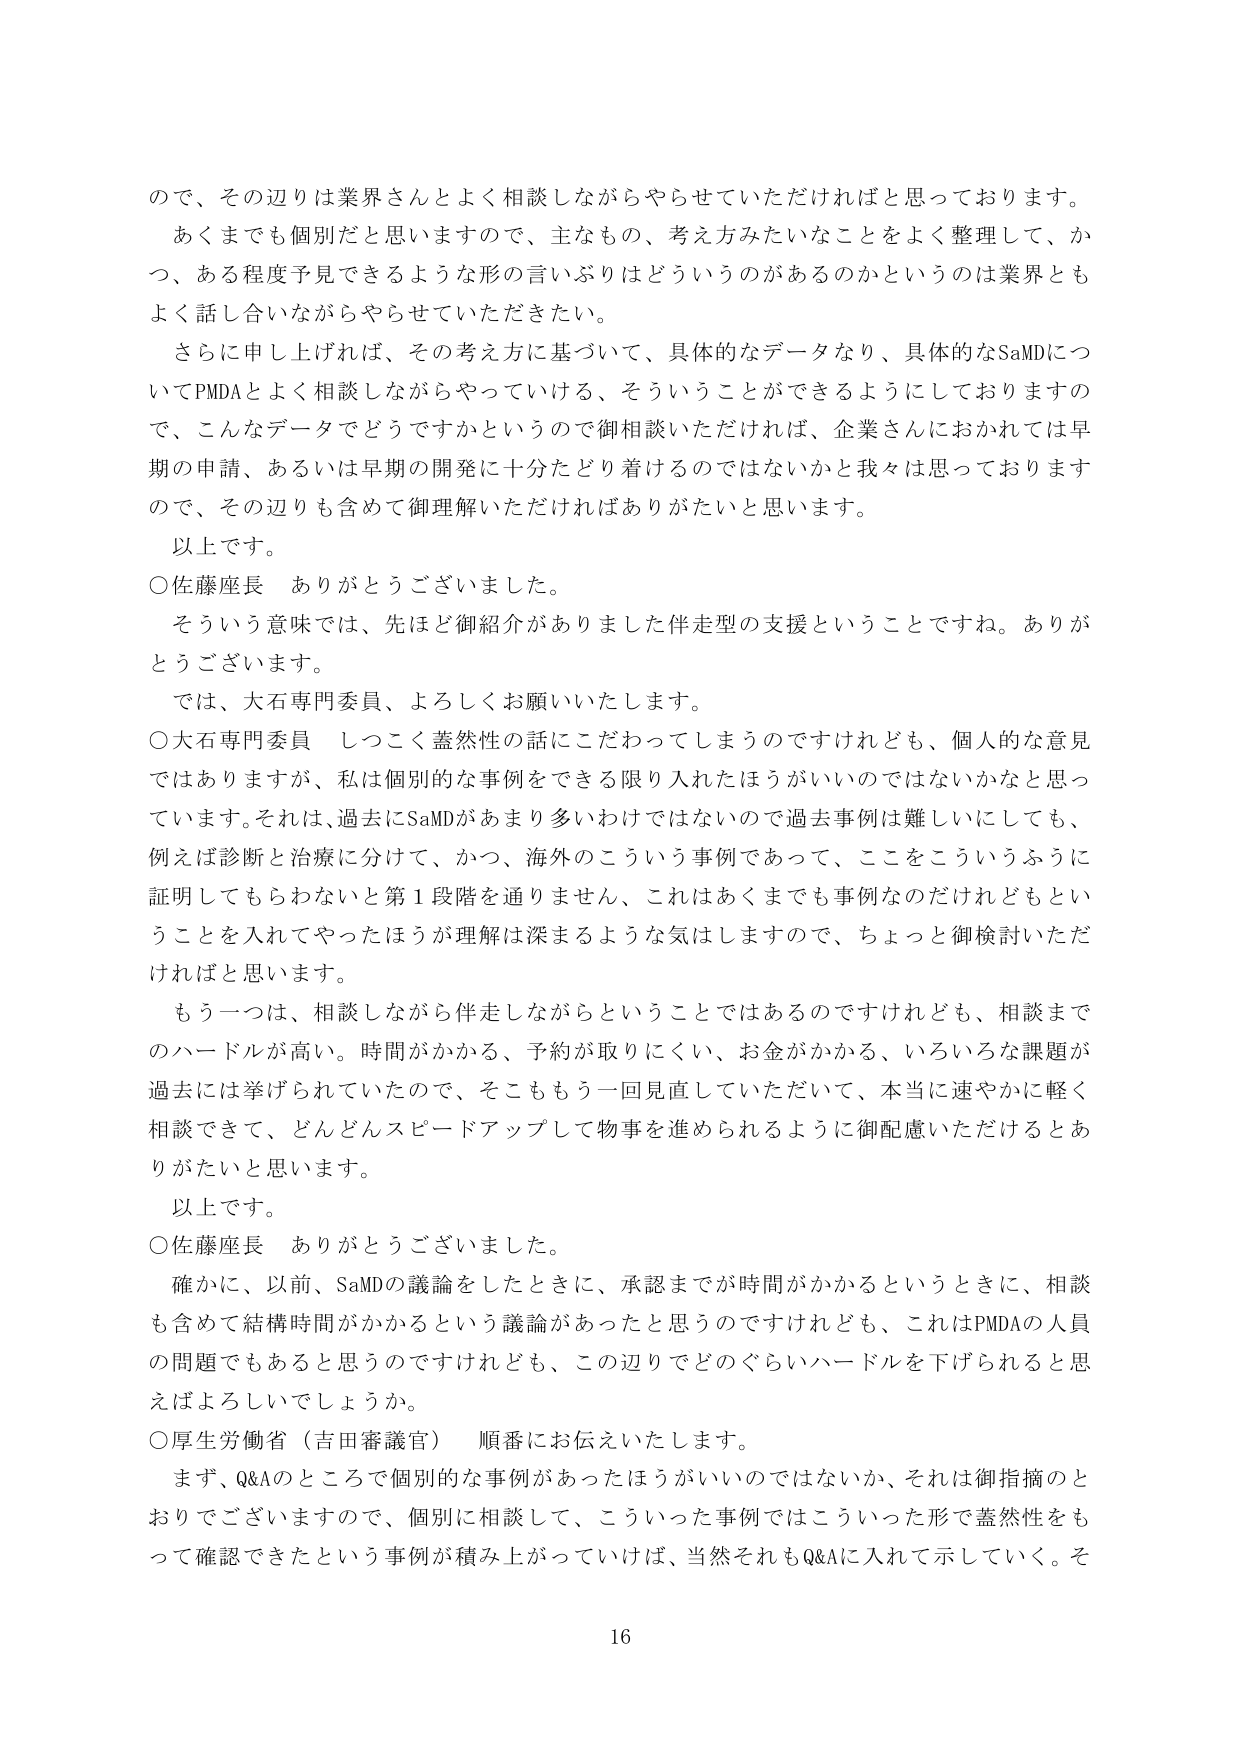
ので、その辺りは業界さんとよく相談しながらやらせていただければと思っております。
あくまでも個別だと思いますので、主なもの、考え方みたいなことをよく整理して、かつ、ある程度予見できるような形の言いぶりはどういうのがあるのかというのは業界ともよく話し合いながらやらせていただきたい。
さらに申し上げれば、その考え方に基づいて、具体的なデータなり、具体的なSaMDについてPMDAとよく相談しながらやっていける、そういうことができるようにしておりますので、こんなデータでどうですかというので御相談いただければ、企業さんにおかれては早期の申請、あるいは早期の開発に十分たどり着けるのではないかと我々は思っておりますので、その辺りも含めて御理解いただければありがたいと思います。
以上です。
○佐藤座長　ありがとうございました。
そういう意味では、先ほど御紹介がありました伴走型の支援ということですね。ありがとうございます。
では、大石専門委員、よろしくお願いいたします。
○大石専門委員　しつこく蓋然性の話にこだわってしまうのですけれども、個人的な意見ではありますが、私は個別的な事例をできる限り入れたほうがいいのではないかと思っています。それは、過去にSaMDがあまり多いわけではないので過去事例は難しいにしても、例えば診断と治療に分けて、かつ、海外のこういう事例であって、ここをこういうふうに証明してもらわないと第1段階を通りません、これはあくまでも事例なのだけれどもということを入れてやったほうが理解は深まるような気はしますので、ちょっと御検討いただければと思います。
もう一つは、相談しながら伴走しながらということではあるのですけれども、相談までのハードルが高い。時間がかかる、予約が取りにくい、お金がかかる、いろいろな課題が過去には挙げられていたので、そこももう一回見直していただいて、本当に速やかに軽く相談できて、どんどんスピードアップして物事を進められるように御配慮いただけるとありがたいと思います。
以上です。
○佐藤座長　ありがとうございました。
確かに、以前、SaMDの議論をしたときに、承認までが時間がかかるというときに、相談も含めて結構時間がかかるという議論があったと思うのですけれども、これはPMDAの人員の問題でもあると思うのですけれども、この辺りでどのぐらいハードルを下げられると思えばよろしいでしょうか。
○厚生労働省（吉田審議官）　順番にお伝えいたします。
まず、Q&Aのところで個別的な事例があったほうがいいのではないか、それは御指摘のとおりでございますので、個別に相談して、こういった事例ではこういった形で蓋然性をもって確認できたという事例が積み上がっていけば、当然それもQ&Aに入れて示していく。そ
16